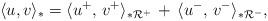
LaTeX: \begin{align*}\langle u,v\rangle_*=\langle u^+,\, v^+\rangle_{*\mathcal R^+}\,+\,\langle {u^-},\, v^-\rangle_{*\mathcal R^-},\end{align*}